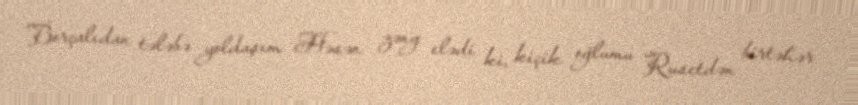
Borçalıdan tələbə yoldaşım Həsən zəng elədi ki, kiçik oğlumu Rusetdən birtəhər